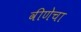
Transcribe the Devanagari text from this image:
वीणेचा